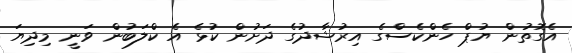
އެގޮތުން ޔުޕް ހެންކެސްގެ އިރުޝާދުގެ ދަށުން ކުޅެ އެ ކްލަބުން ވަނީ މިދިޔަ